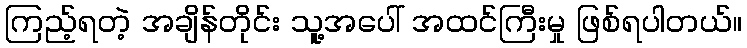
ကြည့်ရတဲ့ အချိန်တိုင်း သူ့အပေါ် အထင်ကြီးမှု ဖြစ်ရပါတယ်။